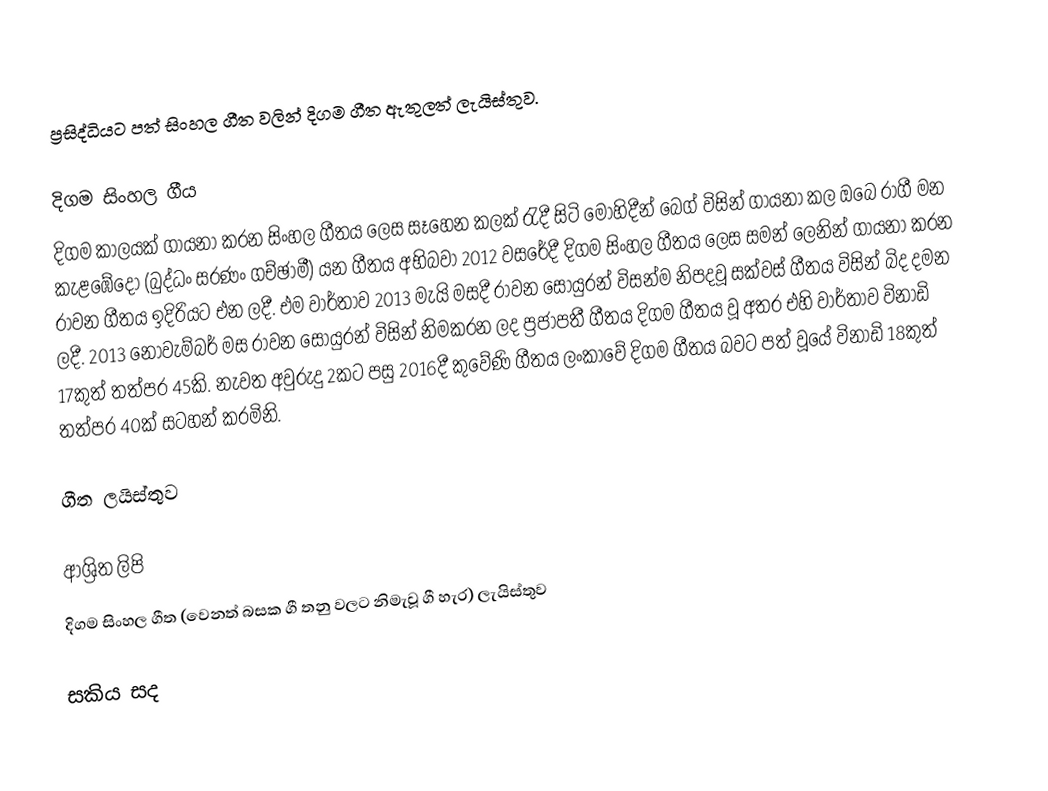
ප්‍රසිද්ධියට පත් සිංහල ගීත වලින් දිගම ගීත ඇතුලත් ලැයිස්තුව.

දිගම සිංහල ගීය
දිගම කාලයක් ගායනා කරන සිංහල ගීතය ලෙස සෑහෙන කලක් රැදී සිටි මොහිදීන් බෙග් විසින් ගායනා කල ඔබෙ රාගී මන කැළඹේදෝ (බුද්ධං සරණං ගච්ඡාමී) යන ගීතය අභිබවා 2012 වසරේදී දිගම සිංහල ගීතය ලෙස සමන් ලෙනින් ගායනා කරන රාවන ගීතය ඉදිරියට එන ලදී.  එම වාර්තාව 2013 මැයි මසදී රාවන සොයුරන් විසන්ම නිපදවූ සක්වස් ගීතය විසින් බිද දමන ලදී. 2013 නොවැම්බර් මස රාවන සොයුරන් විසින් නිමකරන ලද ප්‍රජාපතී ගීතය දිගම ගීතය වූ අතර එහි වාර්තාව විනාඩි 17කුත් තත්පර 45කි. නැවත අවුරුදු 2කට පසු 2016දී කුවේණි ගීතය ලංකාවේ දිගම ගීතය බවට පත් වූයේ විනාඩි 18කුත් තත්පර 40ක් සටහන් කරමිනි.

ගීත ලයිස්තුව

ආශ්‍රිත ලිපි
 දිගම සිංහල ගීත (වෙනත් බසක ගී තනු වලට නිමැවූ ගී හැර) ලැයිස්තුව

සකිය සද